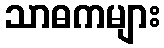
သာဓကများ